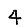
Digit: 4